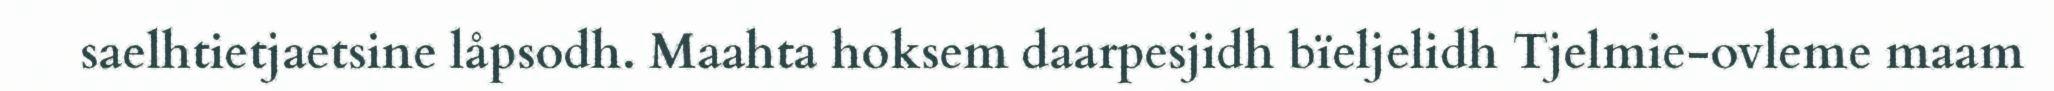
saelhtietjaetsine låpsodh. Maahta hoksem daarpesjidh bïeljelidh Tjelmie-ovleme maam